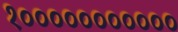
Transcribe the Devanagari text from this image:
१०००००००००००